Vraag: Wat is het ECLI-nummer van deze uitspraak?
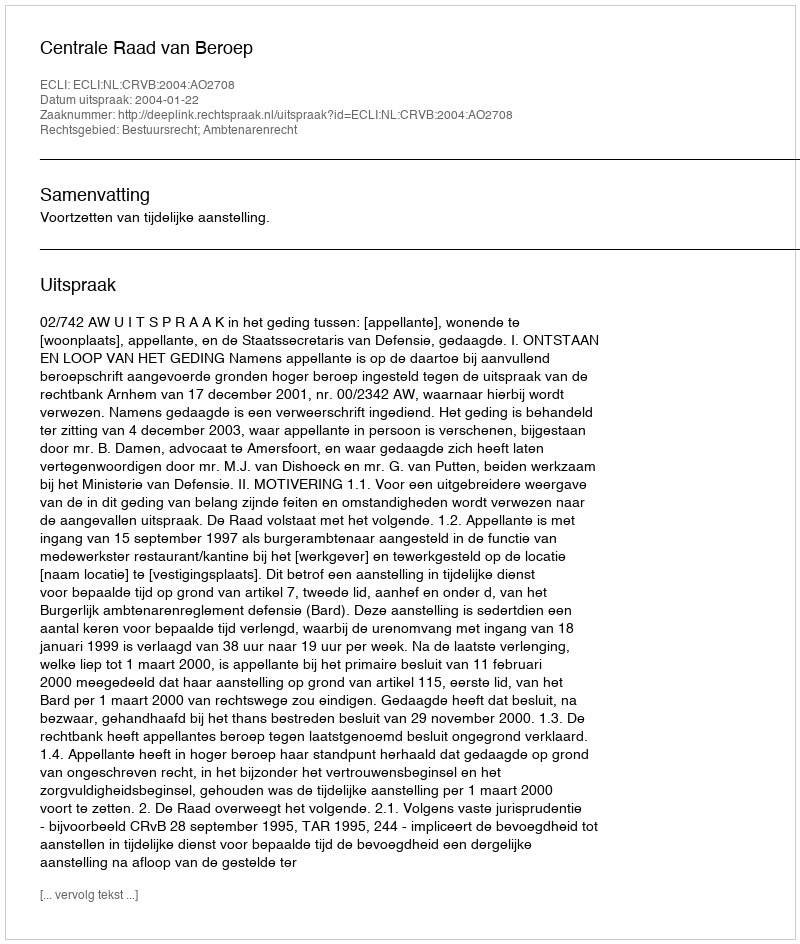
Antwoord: ECLI:NL:CRVB:2004:AO2708